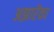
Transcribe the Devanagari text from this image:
अझारेंका